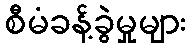
စီမံခန့်ခွဲမှုများ